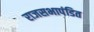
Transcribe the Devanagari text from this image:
राजसभापंडित